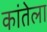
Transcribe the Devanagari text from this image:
कांतेला